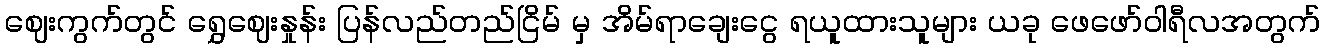
ဈေးကွက်တွင် ရွှေဈေးနှုန်း ပြန်လည်တည်ငြိမ် မှ အိမ်ရာချေးငွေ ရယူထားသူများ ယခု ဖေဖော်ဝါရီလအတွက်